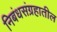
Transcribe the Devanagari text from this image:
निबंधसंग्रहातील